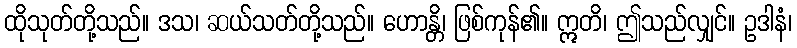
ထိုသုတ်တို့သည်။ ဒသ၊ ဆယ်သတ်တို့သည်။ ဟောန္တိ၊ ဖြစ်ကုန်၏။ ဣတိ၊ ဤသည်လျှင်။ ဥဒါနံ၊